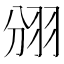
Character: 𮊺